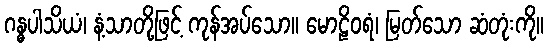
ဂန္ဓပါသိယံ၊ နံ့သာတို့ဖြင့် ကုန်အပ်သော။ မောဠိဝရံ၊ မြတ်သော ဆံတုံးကို။